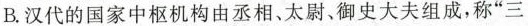
B.汉代的国家中枢机构由丞相、太尉、御史大夫组成，称”三